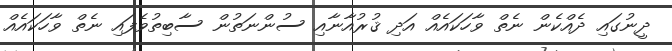
ދީނުގައި ދެއްކެން ނެތް ވާހަކައެއް އަދި ޤުރުއާނާއި ސުންނަތުން ސާބިތުވެފައި ނެތް ވާހަކައެއް